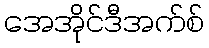
အေအိုင်ဒီအက်စ်